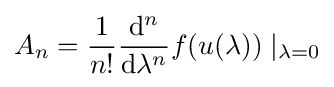
A_{n}={\frac {1}{n!}}{\frac {\mathrm {d} ^{n}}{\mathrm {d} \lambda ^{n}}}f(u(\lambda ))\mid _{\lambda =0}